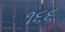
૧૬૬